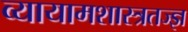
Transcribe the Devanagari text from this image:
व्यायामशास्त्रतज्ज्ञ